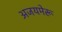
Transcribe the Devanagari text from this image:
अजयमेरू